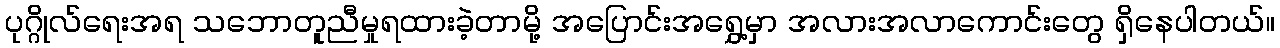
ပုဂ္ဂိုလ်ရေးအရ သဘောတူညီမှုရထားခဲ့တာမို့ အပြောင်းအရွှေ့မှာ အလားအလာကောင်းတွေ ရှိနေပါတယ်။